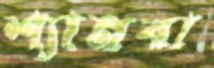
শ্যানবা